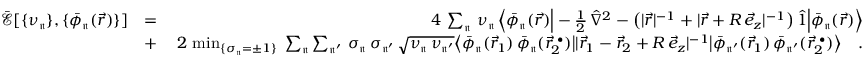
\begin{array} { r l r } { \mathcal { \bar { E } } [ \{ \nu _ { \mathfrak { n } } \} , \{ \bar { \phi } _ { \mathfrak { n } } ( \vec { r } ) \} ] } & { = } & { 4 \, \sum _ { \mathfrak { n } } \, \nu _ { \mathfrak { n } } \, \Big \langle \bar { \phi } _ { \mathfrak { n } } ( \vec { r } ) \Big | - \frac { 1 } { 2 } \, \hat { \nabla } ^ { 2 } - \big ( | \vec { r } | ^ { - 1 } + | \vec { r } + R \, \vec { e } _ { z } | ^ { - 1 } \big ) \, \hat { 1 } \Big | \bar { \phi } _ { \mathfrak { n } } ( \vec { r } ) \Big \rangle } \\ & { + } & { \, 2 \, \operatorname* { m i n } _ { \{ \sigma _ { \mathfrak { n } } = \pm 1 \} } \; \sum _ { \mathfrak { n } } \sum _ { \mathfrak { n ^ { \prime } } } \, \sigma _ { \mathfrak { n } } \, \sigma _ { \mathfrak { n ^ { \prime } } } \, \sqrt { \nu _ { \mathfrak { n } } \, \nu _ { \mathfrak { n ^ { \prime } } } } \big \langle \bar { \phi } _ { \mathfrak { n } } ( \vec { r } _ { 1 } ) \, \bar { \phi } _ { \mathfrak { n } } ( \vec { r } _ { 2 } ^ { \; \bullet } ) \big | | \vec { r } _ { 1 } - \vec { r } _ { 2 } + R \, \vec { e } _ { z } | ^ { - 1 } \big | \bar { \phi } _ { \mathfrak { n ^ { \prime } } } ( \vec { r } _ { 1 } ) \, \bar { \phi } _ { \mathfrak { n ^ { \prime } } } ( \vec { r } _ { 2 } ^ { \; \bullet } ) \big \rangle \quad . } \end{array}